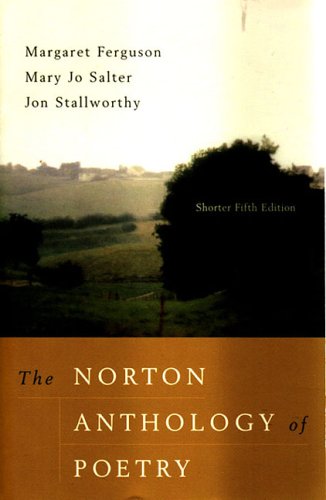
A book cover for The Norton Anthology of Poetry, Shorter Fifth Edition; Literature & Fiction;